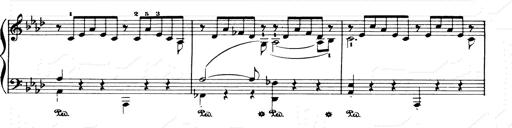
Title: Consolations and LiebestrÃ¤ume for the Piano
Composer: Franz Liszt